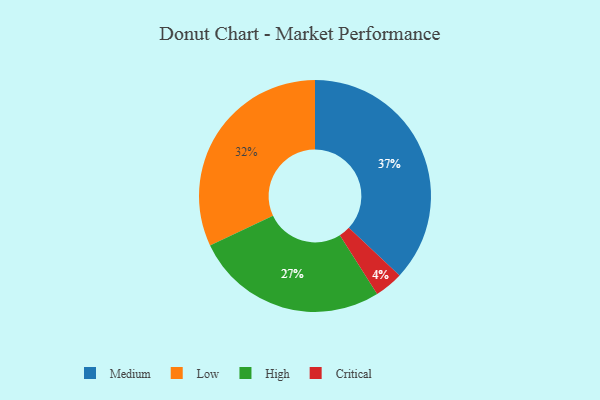
{"axis": {"x": "Category", "y": "Percentage"}, "legend": ["Critical", "High", "Low", "Medium"], "data": [{"x": "High", "y": 27, "type": "High"}, {"x": "Low", "y": 32, "type": "Low"}, {"x": "Critical", "y": 4, "type": "Critical"}, {"x": "Medium", "y": 37, "type": "Medium"}]}